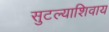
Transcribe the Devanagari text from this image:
सुटल्याशिवाय